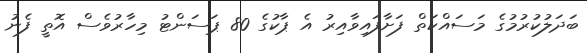
ބަދަލުކުރުމުގެ މަސައްކަތް ފަށާފައިވާއިރު އެ ޕާކުގެ 80 ޕަސަންޓު މިހާރުވެސް އޮތީ ފެނު